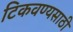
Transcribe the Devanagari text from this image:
टिकवण्यसाठी